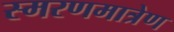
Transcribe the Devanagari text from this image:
स्मरणमात्रेण